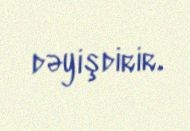
dəyişdirir.